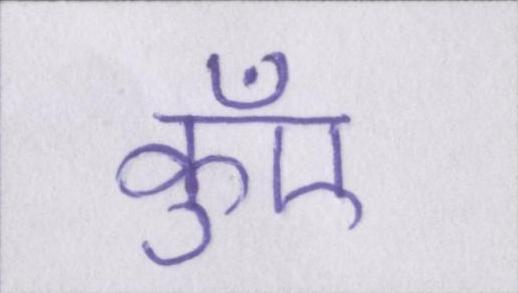
कुँए